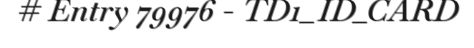
# Entry 79976 - TD1_ID_CARD